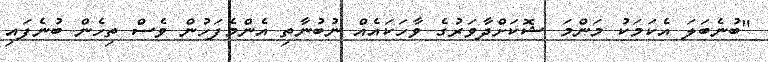
"ބުނެބަލަ އެކަމަކު މަންމަ ޝޮކަށްދާވަރުގެ ވާހަކައެއް ނުބުނާތި އެންމެފަހުން ވެސް ތިހެން ބުނެފައި